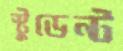
স্টুডেন্ট